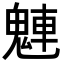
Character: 𩳛